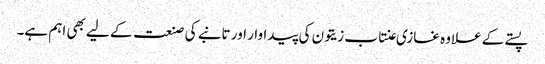
پستے کے علاوہ غازی عنتاب زیتون کی پیداوار اور تانبے کی صنعت کے لیے بھی اہم ہے۔